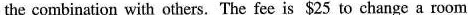
the combination with others. The fee is $25 to change a room